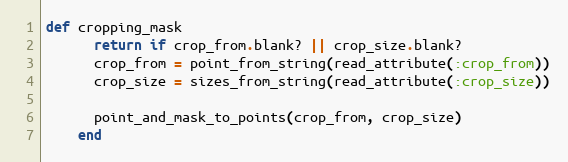
Language: Ruby
def cropping_mask
      return if crop_from.blank? || crop_size.blank?
      crop_from = point_from_string(read_attribute(:crop_from))
      crop_size = sizes_from_string(read_attribute(:crop_size))

      point_and_mask_to_points(crop_from, crop_size)
    end